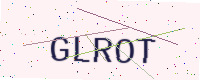
Text: GLROT